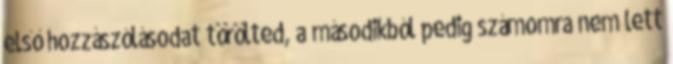
első hozzászólásodat törölted, a másodikból pedig számomra nem lett